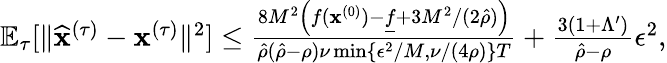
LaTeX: \begin{array}{r}{\mathbb{E}_{\tau}[\| \widehat{\mathbf x}^{(\tau)}-{\mathbf x}^{(\tau)}\| ^{2}]\leq\frac{8M^{2}\left(f({\mathbf x}^{(0)})-\underline{f}+3M^{2}/(2\hat{\rho})\right)}{\hat{\rho}(\hat{\rho}-\rho)\nu\operatorname*{min}\left\{ \epsilon^{2}/M,\nu/(4\rho)\right\} T}+\frac{3(1+\Lambda^{\prime})}{\hat{\rho}-\rho}\epsilon^{2},}\end{array}